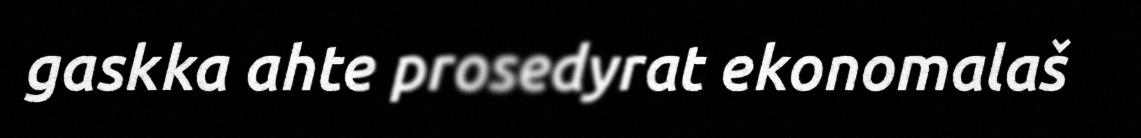
gaskka ahte prosedyrat ekonomalaš